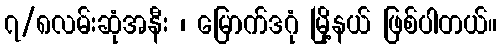
၇/၈လမ်းဆုံအနီး ၊ မြောက်ဒဂုံ မြို့နယ် ဖြစ်ပါတယ်။